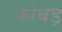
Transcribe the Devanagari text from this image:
कोबड़